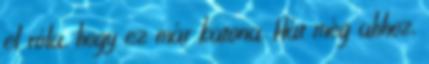
el róla, hogy ez már katona. Hát még ahhoz,